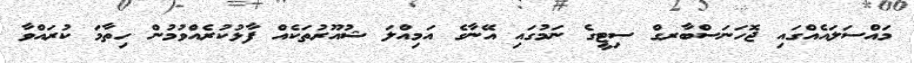
މައްސަލައެއްގައި ޖޮހަނަސްބާރގް ސިޓީގެ ނަމުގައި އޭނާގެ އަމިއްލަ ޝުއޫރުތަކެއް ފާޅުކުރެއްވުމުން ހިތާމަ ކުރައްވާ